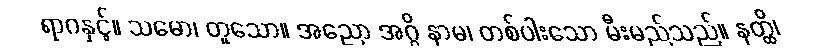
ရာဂနှင့်။ သမော၊ တူသော။ အညော အဂ္ဂိ နာမ၊ တစ်ပါးသော မီးမည်သည်။ နတ္ထိ၊